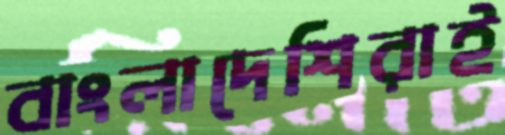
বাংলাদেশিরাই